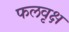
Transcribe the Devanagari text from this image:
फलवृक्ष